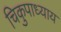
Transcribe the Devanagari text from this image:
चिकुपाध्याय